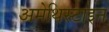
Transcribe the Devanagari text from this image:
अमेथिस्टाइन